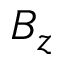
B _ { z }